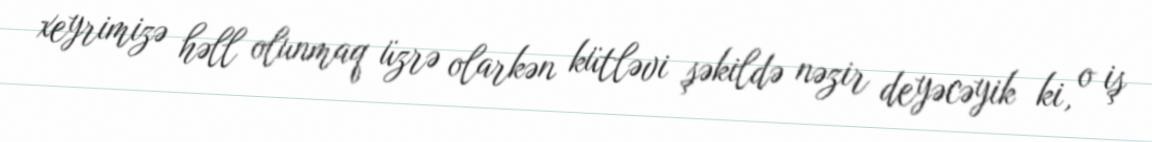
xeyrimizə həll olunmaq üzrə olarkən kütləvi şəkildə nəzir deyəcəyik ki, o iş